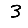
Digit: 3